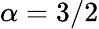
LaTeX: \alpha=3/2